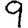
Digit: 9